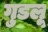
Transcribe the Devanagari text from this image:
गुडलू